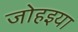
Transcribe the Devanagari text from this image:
जोहइया